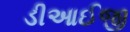
ડીઆઈજી